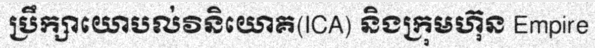
ប្រឹក្សាយោបល់វិនិយោគ(ICA) និងក្រុមហ៊ុន Empire